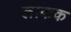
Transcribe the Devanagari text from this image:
लैकिक